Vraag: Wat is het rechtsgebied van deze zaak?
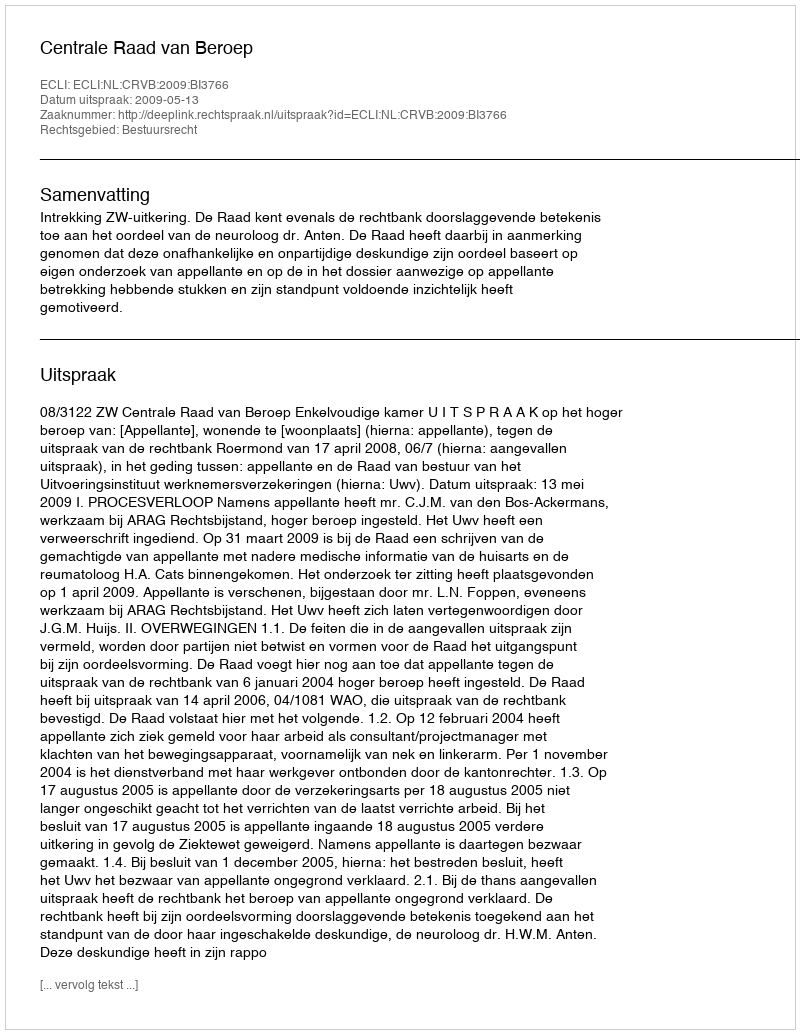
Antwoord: Bestuursrecht